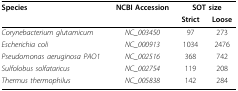
<table><thead><tr><td><b>Species</b></td><td><b>NCBI Accession</b></td><td colspan="2"><b>SOT size</b></td></tr><tr><td></td><td></td><td><b>Strict</b></td><td><b>Loose</b></td></tr></thead><tbody><tr><td><i>Corynebacterium glutamicum</i></td><td><i>NC_003450</i></td><td>97</td><td>273</td></tr><tr><td><i>Escherichia coli</i></td><td><i>NC_000913</i></td><td>1034</td><td>2476</td></tr><tr><td><i>Pseudomonas aeruginosa PAO1</i></td><td><i>NC_002516</i></td><td>368</td><td>742</td></tr><tr><td><i>Sulfolobus solfataricus</i></td><td><i>NC_002754</i></td><td>119</td><td>208</td></tr><tr><td><i>Thermus thermophilus</i></td><td><i>NC_005838</i></td><td>142</td><td>284</td></tr></tbody></table>